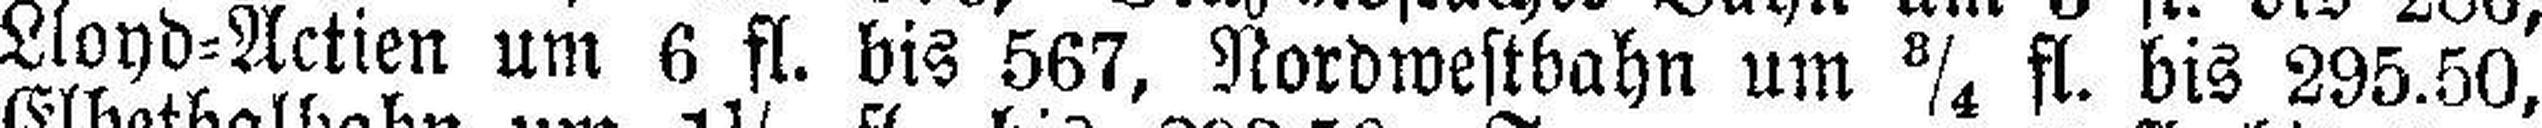
Lloyd=Actien um 6 fl. bis 567, Nordwestbahn um ¾ fl. bis 295.50,